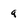
Character: 9